Civil Veterinary Dept. North-West Frontier Province 1923-32 - 1923-1932
Year: 1923
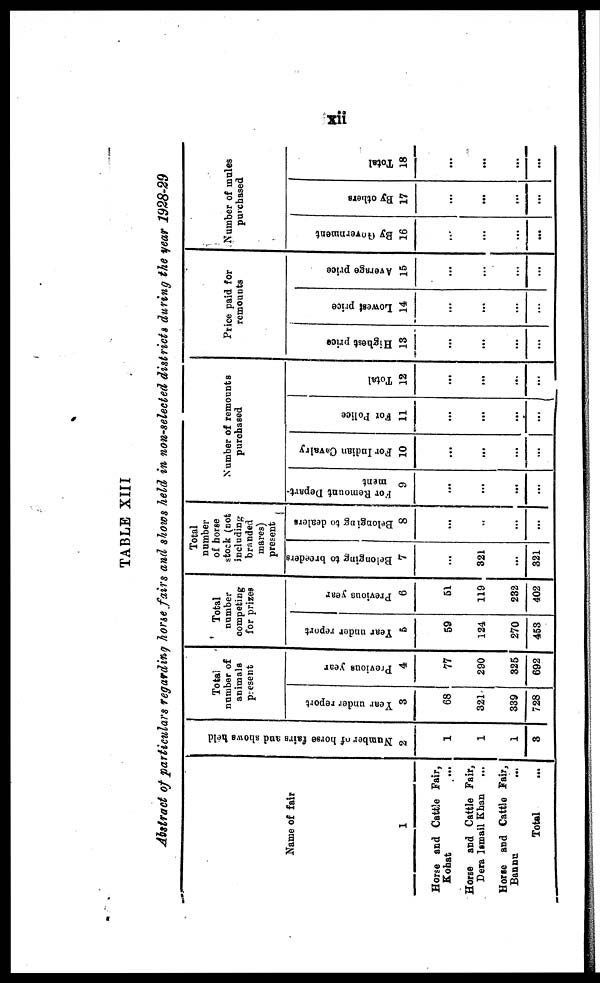
xii
TABLE XIII
Abstract of particulars regarding horse fairs and shows held in non-selected districts during the year 1928-29
Name of fair
1
Horse and Cattle Fair,
Kohat …
Horse and Cattle Fair,
Dera Ismail Khan …
Horse and Cattle Fair,
Bannu
...
Total …
Nu mb e r of hor se fai rs a nd s h o w s hel d
2
1
1
1
3
Total
number of
animals
present
Year under report
3
68
321
339
728
Previous year
4
77
290
325
692
Total
number
competing
for prizes
Year
under report
5
59
124
270
453
Previous year
6
51
119
232
402
Total
number
of horse
stock (not
including
branded
mares)
present
Belonging to breeders
7
...
321
...
321
Belonging to dealers
8
...
...
...
...
Number of remounts
purchased
For Remount Depart-
ment
9
...
...
...
...
For Indian Cavalry
10
...
...
...
Fot Police
11
...
...
...
...
Total
12
...
...
...
...
Price paid for
remounts
Highest price
13
...
...
...
...
Lowest price
14
...
...
...
...
Average price
15
...
...
...
...
Number of mules
purchased
By Government
16
...
...
...
...
By others
17
...
...
...
...
Total
18
...
...
...
...